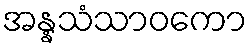
အန္နသံသာဝကော